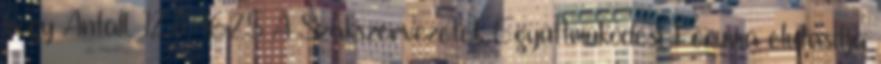
hogy Antall. 12.11. 16:25 A Szakszervezetek Együttműködési Fóruma elutasítja